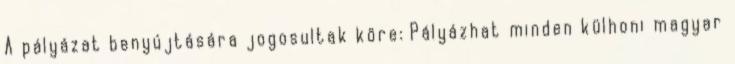
A pályázat benyújtására jogosultak köre: Pályázhat minden külhoni magyar